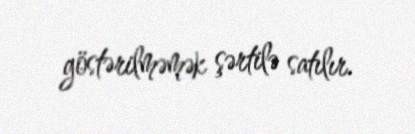
göstərilməmək şərtilə satılır.